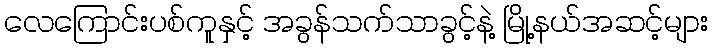
လေကြောင်းပစ်ကူနှင့် အခွန်သက်သာခွင့်နဲ့ မြို့နယ်အဆင့်များ